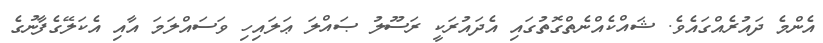
އެންމެ ދައުރެއްގައެވެ. ޝައްކެއްނެތްގޮތުގައި އެދައުރަކީ ރަސޫލު ޞައްލަ ޢަލައިހި ވަސައްލަމަ އާއި އެކަލޭގެފާނުގެ